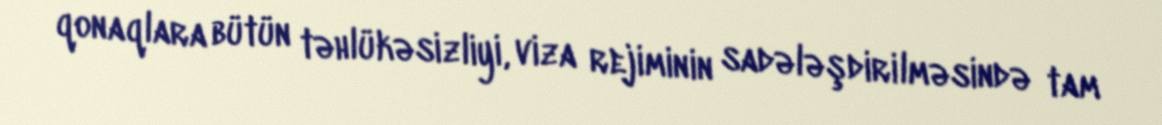
qonaqlara bütün təhlükəsizliyi, viza rejiminin sadələşdirilməsində tam